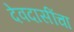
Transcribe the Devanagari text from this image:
देवदासींचा